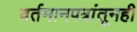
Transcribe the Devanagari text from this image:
वर्तमानपत्रांतूनही